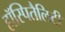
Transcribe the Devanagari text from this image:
हॉस्पितैलिटी